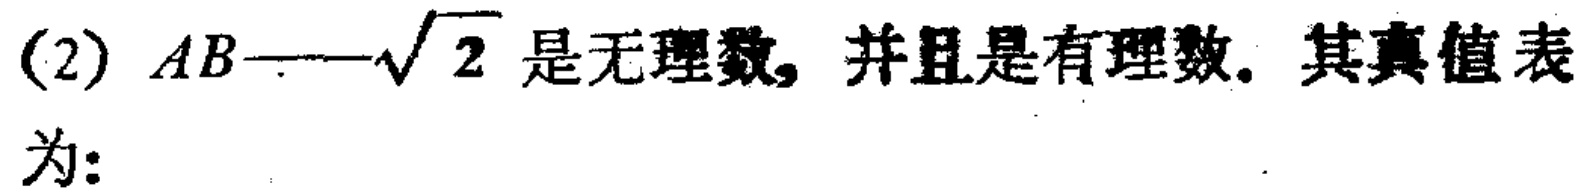
(2) \(AB\)——\(\sqrt{2}\) 是无理数，并且是有理数。其真值表为: